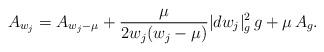
LaTeX: \begin{align*}A_{w_j} = A_{w_j - \mu} + \frac{\mu}{2w_j(w_j - \mu)} |dw_j|_g^2\,g + \mu\,A_g.\end{align*}